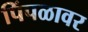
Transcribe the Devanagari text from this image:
पिंपळावर